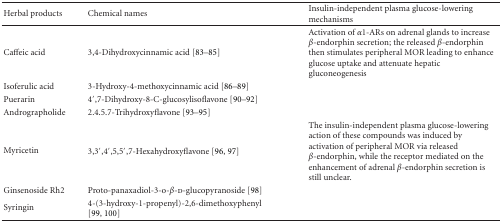
| Herbal products | Chemical names | Insulin-independent plasma glucose-lowering mechanisms |
 | --- | --- | --- |
 | Caffeic acid | 3,4-Dihydroxycinnamic acid [83–85] | Activation of α1-ARs on adrenal glands to increase β-endorphin secretion; the released β-endorphin then stimulates peripheral MOR leading to enhance glucose uptake and attenuate hepatic gluconeogenesis |
 | Isoferulic acid | 3-Hydroxy-4-methoxycinnamic acid [86–89] |
 | Puerarin | 4′,7-Dihydroxy-8-C-glucosylisoflavone [90–92] |
 | Andrographolide | 2.4.5.7-Trihydroxyflavone [93–95] |
 | Myricetin | 3,3′,4′,5,5′,7-Hexahydroxyflavone [96, 97] | The insulin-independent plasma glucose-lowering action of these compounds was induced by activation of peripheral MOR via released β-endorphin, while the receptor mediated on the enhancement of adrenal β-endorphin secretion is still unclear. |
 | Ginsenoside Rh2 | Proto-panaxadiol-3-o-β-d-glucopyranoside [98] |
 | Syringin | 4-(3-hydroxy-1-propenyl)-2,6-dimethoxyphenyl [99, 100] |